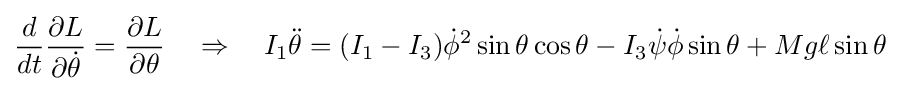
{\frac {d}{dt}}{\frac {\partial L}{\partial {\dot {\theta }}}}={\frac {\partial L}{\partial \theta }}\quad \Rightarrow \quad I_{1}{\ddot {\theta }}=(I_{1}-I_{3}){\dot {\phi }}^{2}\sin \theta \cos \theta -I_{3}{\dot {\psi }}{\dot {\phi }}\sin \theta +Mg\ell \sin \theta